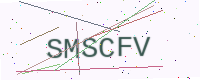
Text: SMSCFV